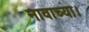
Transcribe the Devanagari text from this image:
नावाच्या।